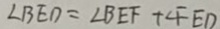
\angle B E D = \angle B E F + \angle F E D